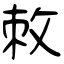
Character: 敇